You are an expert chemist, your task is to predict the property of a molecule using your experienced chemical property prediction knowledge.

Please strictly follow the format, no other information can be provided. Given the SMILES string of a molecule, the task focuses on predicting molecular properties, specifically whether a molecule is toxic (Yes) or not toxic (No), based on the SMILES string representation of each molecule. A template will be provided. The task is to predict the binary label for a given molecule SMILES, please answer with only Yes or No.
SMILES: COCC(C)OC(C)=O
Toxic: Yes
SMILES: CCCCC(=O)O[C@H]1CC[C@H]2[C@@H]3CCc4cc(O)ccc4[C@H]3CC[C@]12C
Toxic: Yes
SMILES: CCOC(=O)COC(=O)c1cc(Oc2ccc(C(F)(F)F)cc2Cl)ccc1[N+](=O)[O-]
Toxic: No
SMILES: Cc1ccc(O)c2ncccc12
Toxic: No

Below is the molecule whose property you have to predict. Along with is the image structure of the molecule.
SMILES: CCc1oc2ccccc2c1C(=O)c1cc(Br)c(O)c(Br)c1
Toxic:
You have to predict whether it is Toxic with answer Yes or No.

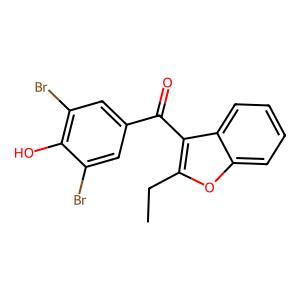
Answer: No